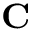
\mathbf { C }